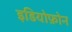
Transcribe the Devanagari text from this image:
इडियोफ़ोन